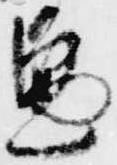
兼